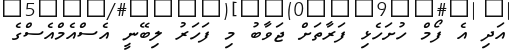
އަދި އެ ފޯމް ހުށަހެޅި ފަރާތަށް ޖަވާބު މި ފަހަރު ލިބޭނީ އެސްއެމްއެސްގެ